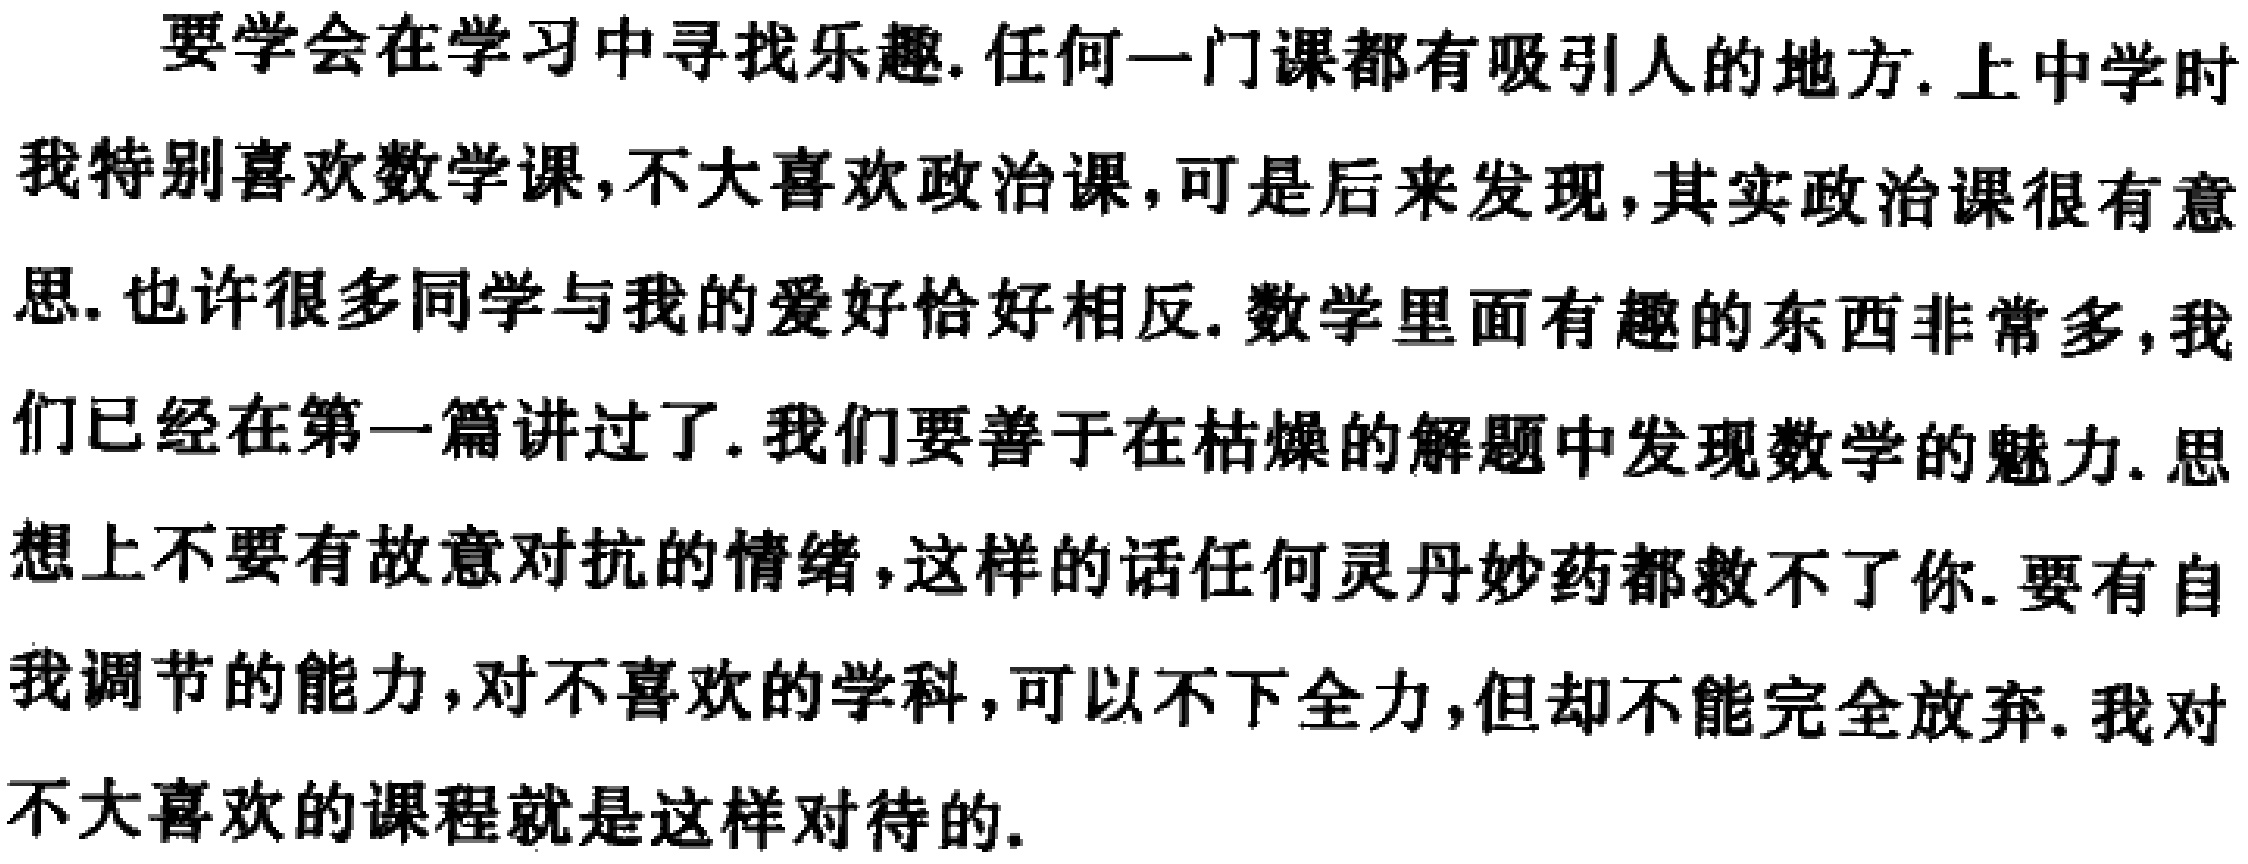
要学会在学习中寻找乐趣. 任何一门课都有吸引人的地方. 上中学时我特别喜欢数学课, 不大喜欢政治课, 可是后来发现, 其实政治课很有意思. 也许很多同学与我的爱好恰好相反. 数学里面有趣的东西非常多, 我们已经在第一篇讲过了. 我们要善于在枯燥的解题中发现数学的魅力. 思想上不要有故意对抗的情绪, 这样的话任何灵丹妙药都救不了你. 要有自我调节的能力, 对不喜欢的学科, 可以不下全力, 但却不能完全放弃. 我对不大喜欢的课程就是这样对待的.